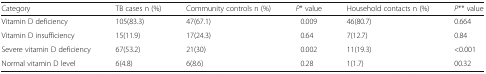
<table><thead><tr><td><b>Category</b></td><td><b>TB cases n (%)</b></td><td><b>Community controls n (%)</b></td><td><b><i>P</i>* value</b></td><td><b>Household contacts n (%)</b></td><td><b><i>P</i>** value</b></td></tr></thead><tbody><tr><td>Vitamin D deficiency</td><td>105(83.3)</td><td>47(67.1)</td><td>0.009</td><td>46(80.7)</td><td>0.664</td></tr><tr><td>Vitamin D insufficiency</td><td>15(11.9)</td><td>17(24.3)</td><td>0.64</td><td>7(12.7)</td><td>0.84</td></tr><tr><td>Severe vitamin D deficiency</td><td>67(53.2)</td><td>21(30)</td><td>0.002</td><td>11(19.3)</td><td>&lt;0.001</td></tr><tr><td>Normal vitamin D level</td><td>6(4.8)</td><td>6(8.6)</td><td>0.28</td><td>1(1.7)</td><td>00.32</td></tr></tbody></table>